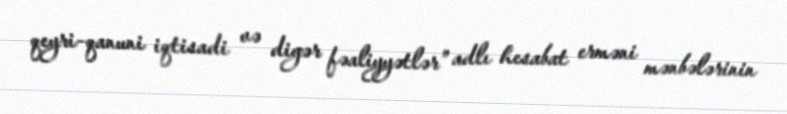
qeyri-qanuni iqtisadi və digər fəaliyyətlər” adlı hesabat erməni mənbələrinin